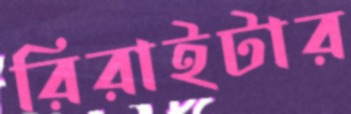
রিরাইটার